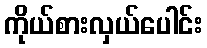
ကိုယ်စားလှယ်ပေါင်း